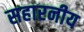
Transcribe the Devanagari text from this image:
सहारनीय